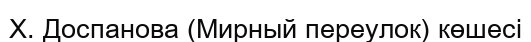
Х. Доспанова (Мирный переулок) көшесі